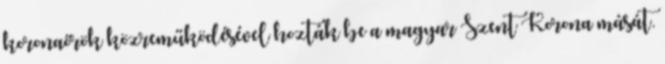
koronaőrök közreműködésével hozták be a magyar Szent Korona mását.